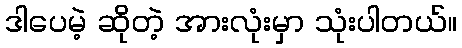
ဒါပေမဲ့ ဆိုတဲ့ အားလုံးမှာ သုံးပါတယ်။